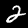
Digit: 2